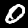
Label: 0